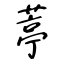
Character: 葶